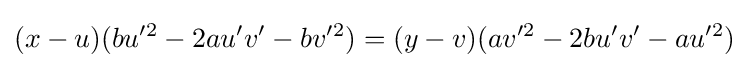
(x-u)(bu'^{2}-2au'v'-bv'^{2})=(y-v)(av'^{2}-2bu'v'-au'^{2})